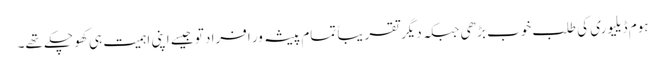
ہوم ڈیلیوری کی طلب خوب بڑھی جبکہ دیگر تقریباً تمام پیشہ ور افراد تو جیسے اپنی اہمیت ہی کھو چکے تھے۔